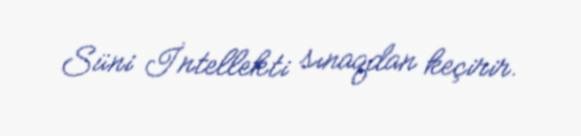
Süni İntellekti sınaqdan keçirir.